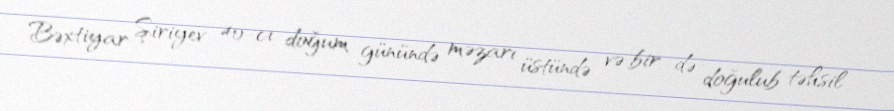
Bəxtiyar Şiriyev 40-cı doğum günündə məzarı üstündə və bir də doğulub təhsil